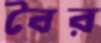
বৈর